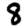
Digit: 8